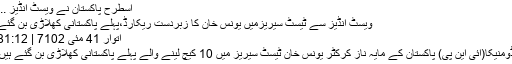
اسطرح پاکستان نے ویسٹ انڈیز ...
ویسٹ انڈیز سے ٹیسٹ سیریزمیں یونس خان کا زبردست ریکارڈ،پہلے پاکستانی کھلاڑی بن گئے
اتوار‬‮ 14 مئی‬‮‬‮ 2017 | 21:18
ڈومنیکا(آئی این پی) پاکستان کے مایہ ناز کرکٹر یونس خان ٹیسٹ سیریز میں 10 کیچ لینے والے پہلے پاکستانی کھلاڑی بن گئے ہیں۔